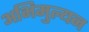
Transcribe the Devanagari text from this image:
अभिमुल्यन